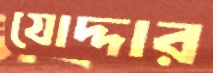
যোদ্দার